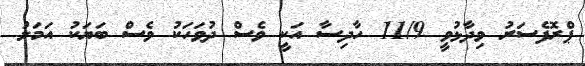
ޕްރޮފެސަރު ވިދާޅުވީ 11/9 ހާދިސާ އަކީ ވެސް ދުވަހަކު ވެސް ބަޔަކު އަމަލު